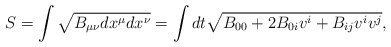
\begin{align*} S=\int\sqrt { B_{\mu\nu} dx^\mu dx^\nu}=\int dt\sqrt{B_{00}+2B_{0i}v^i+B_{ij}v^iv^j}, \end{align*}